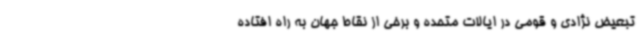
تبعیض نژادی و قومی در ایالات متحده و برخی از نقاط جهان به راه افتاده